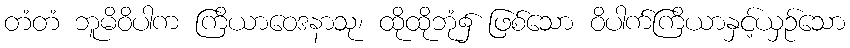
တံတံ ဘူမိဝိပါက ကြိယာဝေဒနာသု၊ ထိုထိုဘုံ၌ ဖြစ်သော ဝိပါက်ကြိယာနှင့်ယှဉ်သော